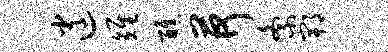
逍雉醮荷紊郫